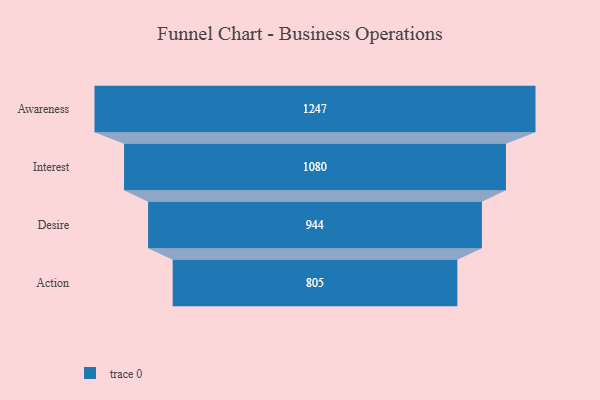
{"axis": {"x": "Stage", "y": "Value"}, "legend": [""], "data": [{"x": "Awareness", "y": 1247.0, "type": ""}, {"x": "Interest", "y": 1080.0, "type": ""}, {"x": "Desire", "y": 944.0, "type": ""}, {"x": "Action", "y": 805.0, "type": ""}]}